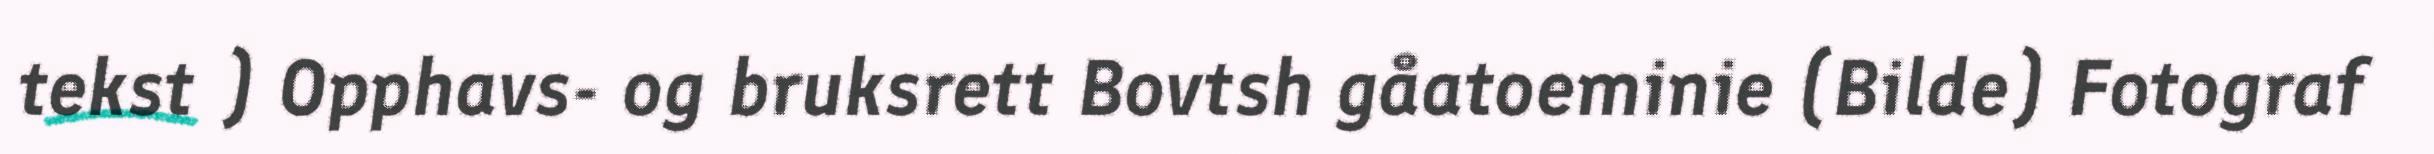
tekst ) Opphavs- og bruksrett Bovtsh gåatoeminie (Bilde) Fotograf